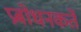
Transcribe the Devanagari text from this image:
प्रबोधनकर्ते